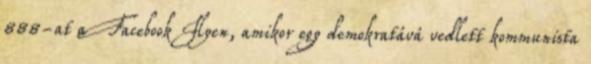
888-at a Facebook Ilyen, amikor egy demokratává vedlett kommunista